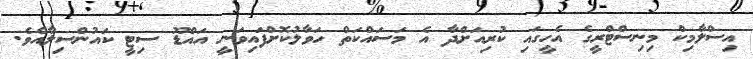
އިސްލާމިކް މިނިސްޓްރީގެ އެހީގައި ކުރިއަށްދާ އެ މަސައްކަތް ހަވާލުކޮށްފައިވަނީ އައްޑޫ ސިޓީ ކައުންސިލާއެވެ.